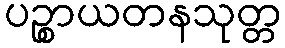
ပဉ္စာယတနသုတ္တ